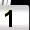
Digit: 1